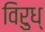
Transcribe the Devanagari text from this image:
विरुध्